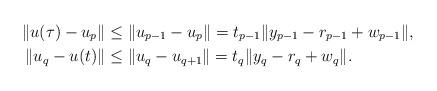
LaTeX: \begin{align*}\lVert u(\tau) - u_{p} \rVert &\leq \lVert u_{p-1} - u_{p}\rVert = t_{p-1} \lVert y_{p-1} - r_{p-1} + w_{p-1}\rVert, \\\lVert u_{q} - u(t)\rVert &\leq \lVert u_{q} - u_{q+1}\rVert = t_{q}\lVert y_{q} - r_{q} + w_{q}\rVert.\end{align*}